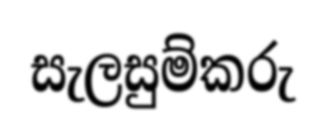
සැලසුම්කරු